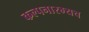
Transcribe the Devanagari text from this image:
कल्पनारम्यच